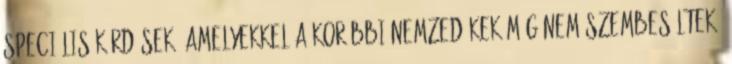
speciális kérdések, amelyekkel a korábbi nemzedékek még nem szembesültek.